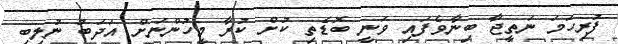
ފުރިހަމަ ނަތީޖާ ބިނާވެފައި ވަނީ ބޮޑެތި ކުށް ކުރާ މީހުންނަށް އަދަބު ނުލިބި